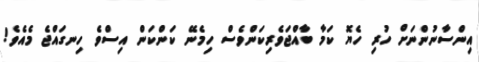
އިންސާނުންނަށް ހުރި ހެޔޮ ކަމާ ބާއްޖަވެރިކަންވެސް ހިމެނޭ ކަންކަން އިސްވެ ހިނގައްޖެ މެއެވެ!